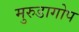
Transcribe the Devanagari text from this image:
मुरुडागोप